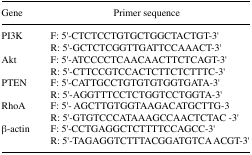
| Gene | Primer sequence |
 | --- | --- |
 | PI3K | F: 5′-CTCTCCTGTGCTGGCTACTGT-3′R: 5′-GCTCTCGGTTGATTCCAAACT-3′ |
 | Akt | F: 5′-ATCCCCTCAACAACTTCTCAGT-3′R: 5′-CTTCCGTCCACTCTTCTCTTTC-3′ |
 | PTEN | F: 5′-CATTGCCTGTGTGTGGTGATA-3′R: 5′-AGGTTTCCTCTGGTCCTGGTA-3′ |
 | RhoA | F: 5′-AGCTTGTGGTAAGACATGCTTG-3R: 5′-GTGTCCCATAAAGCCAACTCTAC -3′ |
 | β-actin | F: 5′-CCTGAGGCTCTTTTCCAGCC-3′R: 5′-TAGAGGTCTTTACGGATGTCA ACGT-3′ |